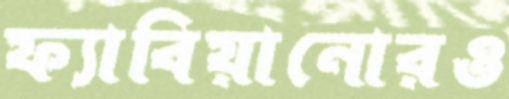
ফ্যাবিয়ানোরও